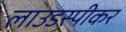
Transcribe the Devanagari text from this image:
लाउडस्‍पीकर